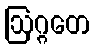
ဩဂ္ဂတေ